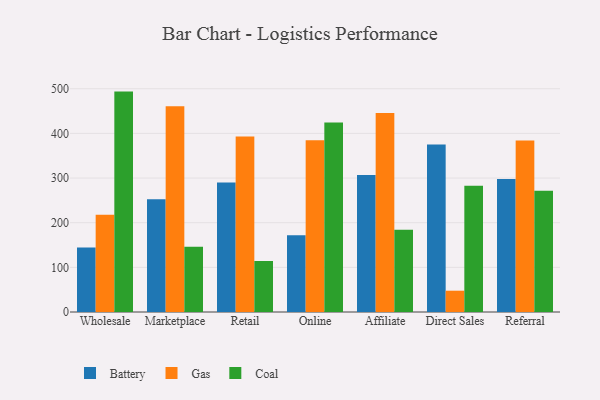
{"axis": {"x": "Channel", "y": "Humidity (%)"}, "legend": ["Battery", "Coal", "Gas"], "data": [{"x": "Wholesale", "y": 144.6, "type": "Battery"}, {"x": "Wholesale", "y": 218.0, "type": "Gas"}, {"x": "Wholesale", "y": 493.6, "type": "Coal"}, {"x": "Marketplace", "y": 252.7, "type": "Battery"}, {"x": "Marketplace", "y": 460.9, "type": "Gas"}, {"x": "Marketplace", "y": 146.4, "type": "Coal"}, {"x": "Retail", "y": 290.3, "type": "Battery"}, {"x": "Retail", "y": 393.3, "type": "Gas"}, {"x": "Retail", "y": 114.3, "type": "Coal"}, {"x": "Online", "y": 172.1, "type": "Battery"}, {"x": "Online", "y": 384.6, "type": "Gas"}, {"x": "Online", "y": 424.3, "type": "Coal"}, {"x": "Affiliate", "y": 306.9, "type": "Battery"}, {"x": "Affiliate", "y": 445.6, "type": "Gas"}, {"x": "Affiliate", "y": 184.3, "type": "Coal"}, {"x": "Direct Sales", "y": 375.2, "type": "Battery"}, {"x": "Direct Sales", "y": 47.7, "type": "Gas"}, {"x": "Direct Sales", "y": 282.5, "type": "Coal"}, {"x": "Referral", "y": 298.0, "type": "Battery"}, {"x": "Referral", "y": 383.9, "type": "Gas"}, {"x": "Referral", "y": 271.5, "type": "Coal"}]}